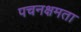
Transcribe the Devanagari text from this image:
पचनक्षमता